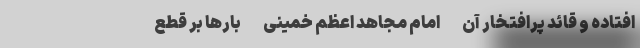
افتاده و قائد پرافتخار آن -امامِ مجاهدِ اعظم خمینی- بارها بر قطع